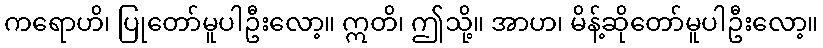
ကရောဟိ၊ ပြုတော်မူပါဦးလော့။ ဣတိ၊ ဤသို့။ အာဟ၊ မိန့်ဆိုတော်မူပါဦးလော့။